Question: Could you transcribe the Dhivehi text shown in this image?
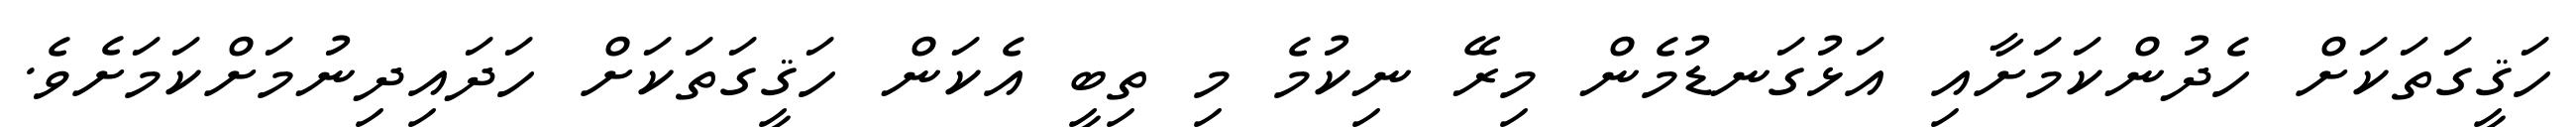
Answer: ހަޤީގަތަކަށް ހެދުންކަމަށާއި އަޅުގަނޑުމެން މިރޭ ނިކުމެ މި ތިބީ އެކަން ހަޤީގަތަކަށް ހަދައިދިނުމަށްކަމަށެވެ.